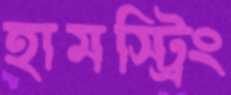
হামস্ট্রিং